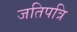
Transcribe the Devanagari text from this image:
जतिपत्रि